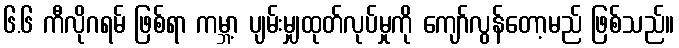
၆.၆ ကီလိုဂရမ် ဖြစ်ရာ ကမ္ဘာ့ ပျမ်းမျှထုတ်လုပ်မှုကို ကျော်လွန်တော့မည် ဖြစ်သည်။